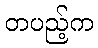
တပည့်က